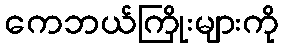
ကေဘယ်ကြိုးများကို